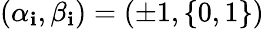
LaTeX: (\alpha_{\mathbf{i}},\beta_{\mathbf{i}})=(\pm1,\{ 0,1\} )